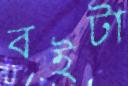
বইটা